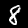
Label: 8